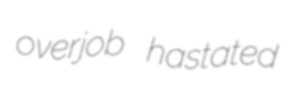
overjob hastated